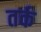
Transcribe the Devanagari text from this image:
तर्क